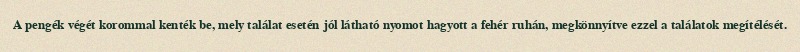
A pengék végét korommal kenték be, mely találat esetén jól látható nyomot hagyott a fehér ruhán, megkönnyítve ezzel a találatok megítélését.